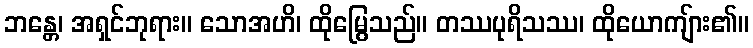
ဘန္တေ၊ အရှင်ဘုရား။ သောအဟိ၊ ထိုမြွေသည်။ တဿပုရိသဿ၊ ထိုယောကျ်ား၏။